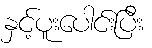
နှင့်ပူးပေါင်းပြီး